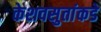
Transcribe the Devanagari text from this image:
केशवसुतांकडे